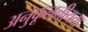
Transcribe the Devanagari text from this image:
अनुकूलनीयता